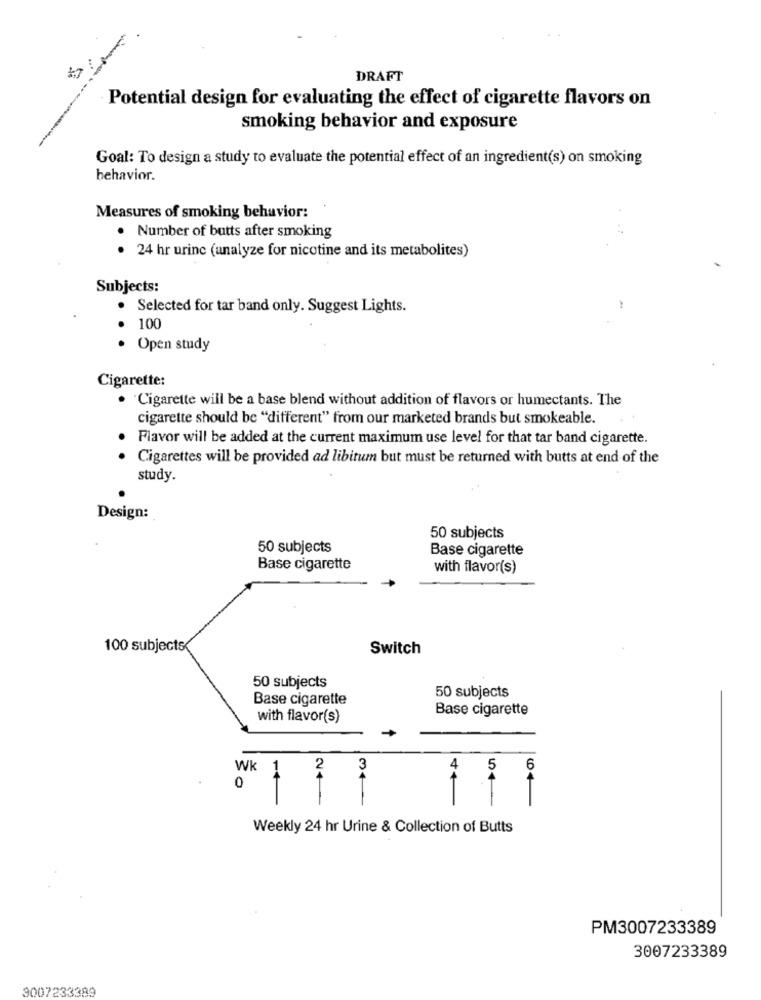
DRAFT
Potential design for evaluating the effect of cigarette flavors on
smoking behavior and exposure
Goal: To design a study to evaluate the potential effect of an ingredient(s) on smoking
behavior.
Measures of smoking behavior:
· Number of butts after smoking
24 hr urine (analyze for nicotine and its metabolites)
Subjects:
Selected for tar band only. Suggest Lights.
100
·· ·
Open study
Cigarette:
"Cigarette will be a base blend without addition of flavors or humectants. The
cigarette should be "different" from our marketed brands but smokeable.
Flavor will be added at the current maximum use level for that tar band cigarette.
Cigarettes will be provided ad libitum but must be returned with butts at end of the
study.
Design:
50 subjects
50 subjects
Base cigarette
Base cigarette
with flavor(s)
100 subjects
Switch
50 subjects
50 subjects
Base cigarette
Base cigarette
with flavor(s)
Wk 1
3
6
0
1+
24-
4+
54
Weekly 24 hr Urine & Collection of Butts
PM3007233389
3007233389
3007233389